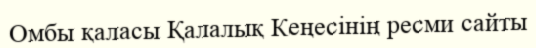
Омбы қаласы Қалалық Кеңесінің ресми сайты